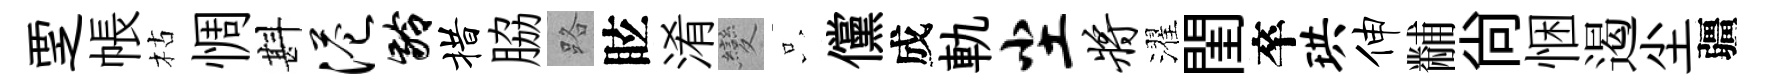
覂帳枯惆斟港龄措脇路眩淆變只儻成軌尘将濯閨卒珙伸黼尚悃遏尘疆